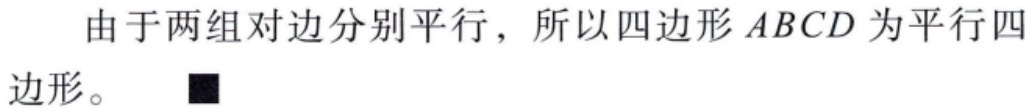
由于两组对边分别平行，所以四边形 \(ABCD\) 为平行四边形。\(\blacksquare\)